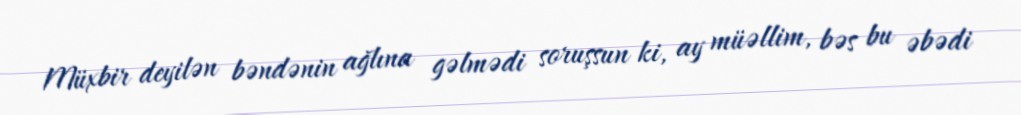
Müxbir deyilən bəndənin ağlına gəlmədi soruşsun ki, ay müəllim, bəs bu əbədi